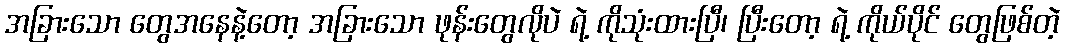
အခြားသော တွေအနေနဲ့တော့ အခြားသော ဖုန်းတွေလိုပဲ ရဲ့ ကိုသုံးထားပြီ၊ ပြီးတော့ ရဲ့ ကိုယ်ပိုင် တွေဖြစ်တဲ့